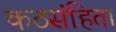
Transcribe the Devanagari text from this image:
कठसंहिता